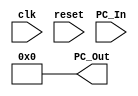
module Program_Counter
(
	input clk, reset,
	input [63:0] PC_In,
	output reg [63:0] PC_Out
);

	always @ (posedge clk)
	begin
		if (reset <= 0) 
			PC_Out <= PC_In;
		else
			PC_Out <=64'd0;
	end
	
	always @ (reset==1)
	begin
		PC_Out <= 64'd0;
	end
	
endmodule